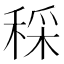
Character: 𥟩